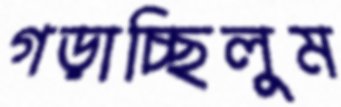
গড়াচ্ছিলুম